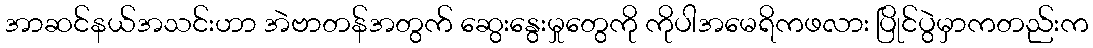
အာဆင်နယ်အသင်းဟာ အဲဗာတန်အတွက် ဆွေးနွေးမှုတွေကို ကိုပါအမေရိကဖလား ပြိုင်ပွဲမှာကတည်းက